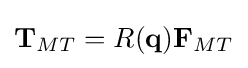
{\textbf {T}}_{MT}=R({\textbf {q}}){\textbf {F}}_{MT}